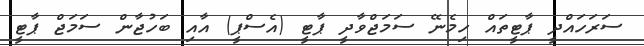
ސަރަހައްދީ ޕާޓީތައް ހިމެނޭ ސަމަޖްވާދީ ޕާޓީ (އެސްޕީ) އާއި ބަހުޖާން ސަމަޖް ޕާޓީ